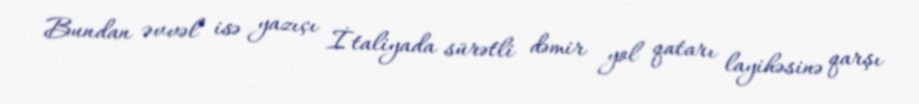
Bundan əvvəl isə yazıçı İtaliyada sürətli dəmir yol qatarı layihəsinə qarşı